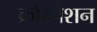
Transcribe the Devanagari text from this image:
क्रॉम्प्रेशन